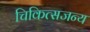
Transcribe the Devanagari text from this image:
चिकित्सजन्य